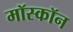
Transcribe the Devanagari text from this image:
मॉस्कॉन